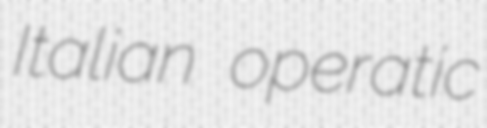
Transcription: Italian operatic